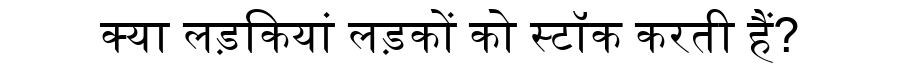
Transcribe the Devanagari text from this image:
क्या लड़कियां लड़कों को स्टॉक करती हैं?